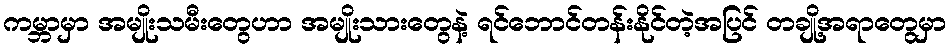
ကမ္ဘာမှာ အမျိုးသမီးတွေဟာ အမျိုးသားတွေနဲ့ ရင်ဘောင်တန်းနိုင်တဲ့အပြင် တချို့အရာတွေမှာ